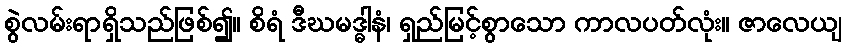
စွဲလမ်းရာရှိသည်ဖြစ်၍။ စိရံ ဒီဃမဒ္ဓါနံ၊ ရှည်မြင့်စွာသော ကာလပတ်လုံး။ ဇာလေယျ